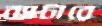
ব্যাটারে